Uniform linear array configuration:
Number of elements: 8
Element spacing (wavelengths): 1
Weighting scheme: kaiser
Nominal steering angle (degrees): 60
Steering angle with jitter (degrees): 59.605
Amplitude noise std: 0.05
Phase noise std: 0.05

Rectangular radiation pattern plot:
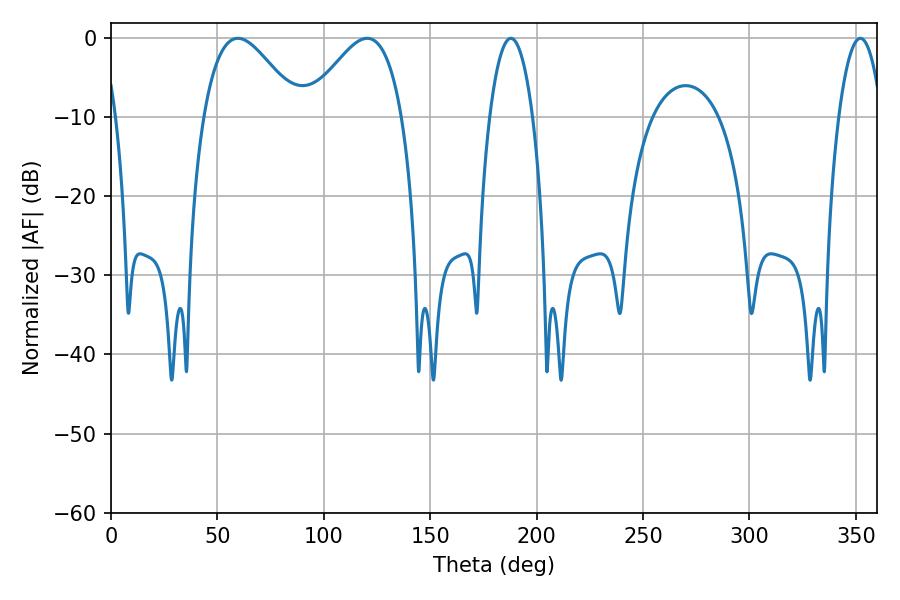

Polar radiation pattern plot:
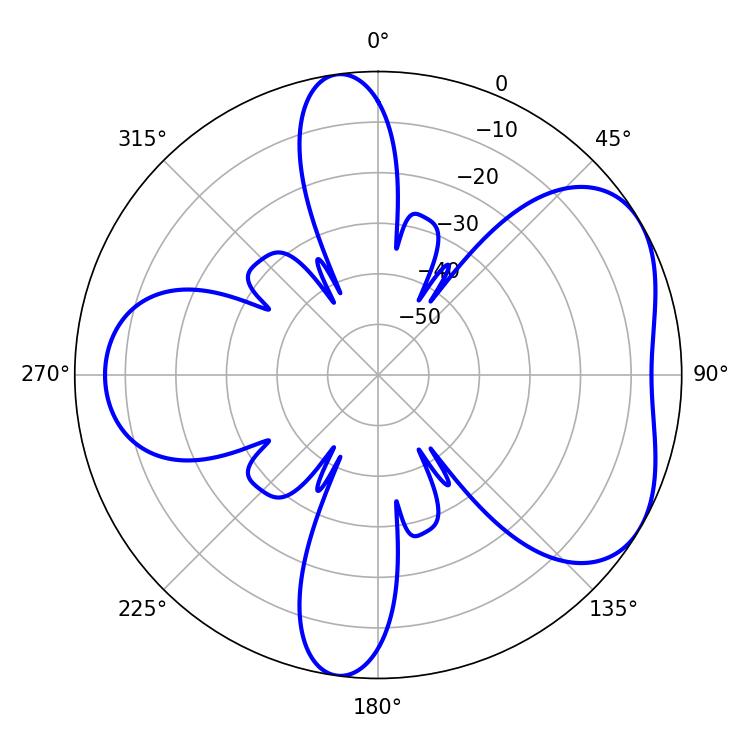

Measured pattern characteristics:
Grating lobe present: TRUE
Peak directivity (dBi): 4.93
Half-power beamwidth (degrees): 24.12
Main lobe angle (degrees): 59.58